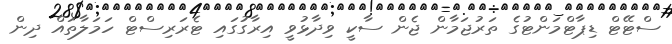
ސްޓޭޓް ޑިޕާޓްމަންޓުގެ ތަރުޖަމާން ޖެން ސާކީ ވިދާޅުވީ އިރާގުގައި ޓެރަރިސްޓް ހަމަލާތައް ދިން